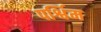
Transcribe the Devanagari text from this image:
पर्श्विम